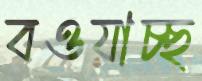
বওয়াচ্ছ